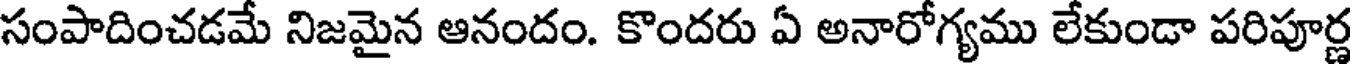
సంపాదించడమే నిజమైన ఆనందం. కొందరు ఏ అనారోగ్యము లేకుండా పరిపూర్ణ